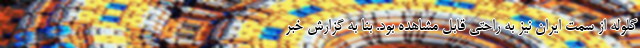
گلوله از سمت ایران نیز به راحتی قابل مشاهده بود. بنا به گزارش خبر